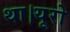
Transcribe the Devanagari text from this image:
था।यूरो